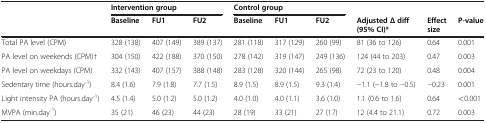
<table><thead><tr><td><b> </b></td><td colspan="3"><b>Intervention group</b></td><td colspan="3"><b>Control group</b></td><td colspan="3"><b> </b></td></tr><tr><td><b> </b></td><td><b>Baseline</b></td><td><b>FU1</b></td><td><b>FU2</b></td><td><b>Baseline</b></td><td><b>FU1</b></td><td><b>FU2</b></td><td><b>Adjusted Δ diff (95% CI)*</b></td><td><b>Effect size</b></td><td><b>P-value</b></td></tr></thead><tbody><tr><td>Total PA level (CPM)</td><td>328 (138)</td><td>407 (149)</td><td>389 (137)</td><td>281 (118)</td><td>317 (129)</td><td>260 (99)</td><td>81 (36 to 126)</td><td>0.64</td><td>0.001</td></tr><tr><td>PA level on weekends (CPM)†</td><td>304 (150)</td><td>422 (188)</td><td>370 (150)</td><td>278 (142)</td><td>319 (147)</td><td>249 (136)</td><td>124 (44 to 203)</td><td>0.47</td><td>0.003</td></tr><tr><td>PA level on weekdays (CPM)</td><td>332 (143)</td><td>407 (157)</td><td>388 (148)</td><td>283 (128)</td><td>320 (144)</td><td>265 (98)</td><td>72 (23 to 120)</td><td>0.48</td><td>0.004</td></tr><tr><td>Sedentary time (hours.day<sup>-1</sup>)</td><td>8.4 (1.6)</td><td>7.9 (1.8)</td><td>7.7 (1.5)</td><td>8.9 (1.5)</td><td>8.9 (1.5)</td><td>9.3 (1.4)</td><td>−1.1 (−1.8 to −0.5)</td><td>−0.23</td><td>0.001</td></tr><tr><td>Light intensity PA (hours.day<sup>-1</sup>)</td><td>4.5 (1.4)</td><td>5.0 (1.2)</td><td>5.0 (1.2)</td><td>4.0 (1.0)</td><td>4.0 (1.1)</td><td>3.6 (1.0)</td><td>1.1 (0.6 to 1.6)</td><td>0.64</td><td>&lt;0.001</td></tr><tr><td>MVPA (min.day<sup>-1</sup>)</td><td>35 (21)</td><td>46 (23)</td><td>44 (23)</td><td>28 (19)</td><td>33 (21)</td><td>27 (17)</td><td>12 (4.4 to 21.1)</td><td>0.72</td><td>0.003</td></tr></tbody></table>